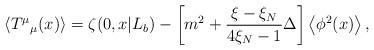
LaTeX: \begin{align*}\left<T^\mu{}_\mu(x)\right>=\zeta(0,x|L_b)-\left[m^2+\frac{\xi-\xi_N}{4\xi_N-1}\Delta\right]\left<\phi^2(x)\right>,\end{align*}